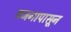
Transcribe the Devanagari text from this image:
वजनापासून